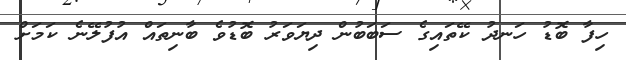
ހިފާ ބޮޑު ހަނދު ކޭތައިގެ ސަބަބުން ދިޔަވަރު ބޮޑުވެ ބާނިތައް އުފުލޭނެ ކަމަށް